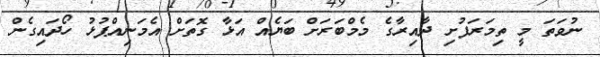
ނުވަތަ މީ ތިމަރަފުށި ދާއިރާގެ މެމްބަރަށް ބަޔެެއް އަޅާ ގޮތަށް އެމަނިއްޕުޅު ހޯދައިގެން